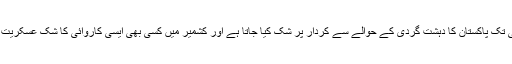
کیونکہ بیرون ملک ابھی تک پاکستان کا دہشت گردی کے حوالے سے کردار پر شک کیا جاتا ہے اور کشمیر میں کسی بھی ایسی کاروائی کا شک عسکریت پسندوں پر کیا جاتا ہے۔